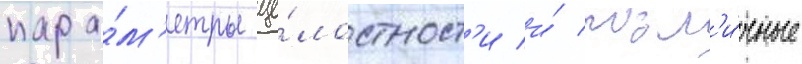
пара́м'етры це́лостност'и и́ разл'и́чные